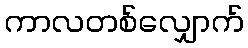
ကာလတစ်လျှောက်